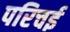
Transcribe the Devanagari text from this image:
परिचई